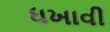
ધખાવી